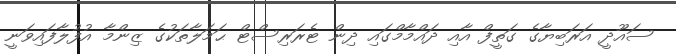
ސައޫދީ އަރަބިޔާގެ ގަތީފް އާއި ދައްމާމްގައި ދިން ޓެރަރިސްޓް ޙަމަލާތަކުގެ ޒިންމާ އުފުލާފައިވަނީ